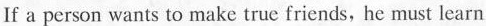
If a person wants to make true friends,he must learn